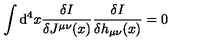
\int \mathrm { d } ^ { 4 } x \frac { \delta I } { \delta J ^ { \mu \nu } ( x ) } \frac { \delta I } { \delta h _ { \mu \nu } ( x ) } = 0